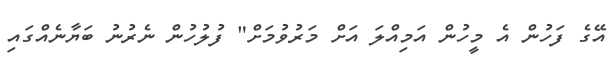
އޭގެ ފަހުން އެ މީހުން އަމިއްލަ އަށް މަރުވުމަށް" ފުލުހުން ނެރުނު ބަޔާނެއްގައި